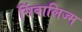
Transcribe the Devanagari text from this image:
सिंबालिज्म